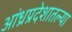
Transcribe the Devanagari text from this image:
आंध्रप्रदेशातल्या